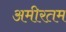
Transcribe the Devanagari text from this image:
अमीरतम